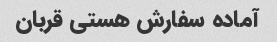
آماده سفارش هستی قربان